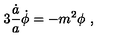
3 { \frac { \dot { a } } { a } } \dot { \phi } = - { m ^ { 2 } \phi } \ ,